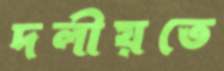
দলীয়তে